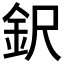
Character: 鈬